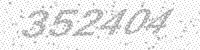
Solution: 352404